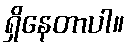
ရှိနေတာပါ။